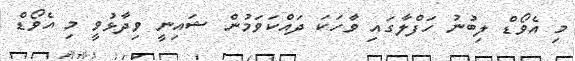
މި އެވޯޑް ލިބުނު ހަފްލާގައި ވާހަކަ ދައްކަވަމުން ޝައިނީ ވިދާޅުވީ މި އެވޯޑް